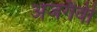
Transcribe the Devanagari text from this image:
अजगैवी